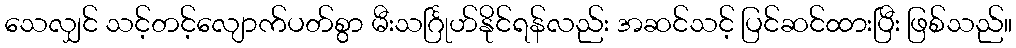
သေလျှင် သင့်တင့်လျောက်ပတ်စွာ မီးသင်္ဂြုဟ်နိုင်ရန်လည်း အဆင်သင့် ပြင်ဆင်ထားပြီး ဖြစ်သည်။